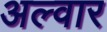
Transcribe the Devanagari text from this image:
अल्‍वार